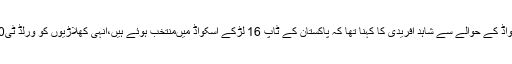
ورلڈ ٹی 20 کے لئے اسکواڈ کے حوالے سے شاہد آفریدی کا کہنا تھا کہ پاکستان کے ٹاپ 16 لڑکے اسکواڈ میںمنتخب ہوئے ہیں،انہی کھلاڑیوں کو ورلڈ ٹی20 تک لے کر چلنا چاہئے۔